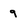
Character: 9